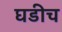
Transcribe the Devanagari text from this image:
घडीच